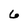
Character: 6